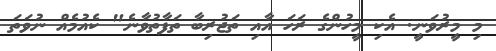
މި މީރުވަނީ. އެކި މީހުންގެ ރަހަ އާއި ތަޖުރިބާ ތަފާތުވާނެ" ކެއުމެއް ނުވަތަ